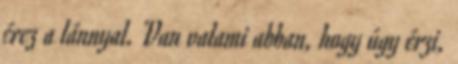
érez a lánnyal. Van valami abban, hogy úgy érzi,